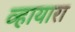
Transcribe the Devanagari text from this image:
व्हायारा